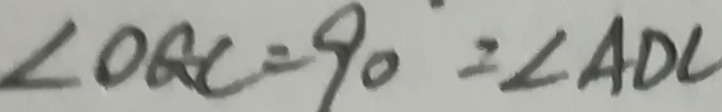
\angle O G C = 9 0 ^ { \circ } = \angle A D C